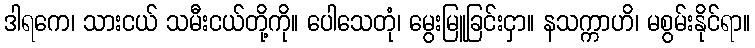
ဒါရကေ၊ သားငယ် သမီးငယ်တို့ကို။ ပေါသေတုံ၊ မွေးမြူခြင်းငှာ။ နသက္ကာဟိ၊ မစွမ်းနိုင်ရာ။